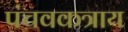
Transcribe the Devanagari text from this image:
पंचवकत्राय